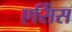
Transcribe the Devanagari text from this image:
एर्सिस